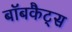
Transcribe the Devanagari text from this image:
बॉबकैट्स